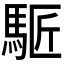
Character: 𩣕